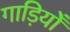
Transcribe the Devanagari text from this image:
गाड़ियोँ